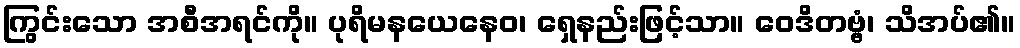
ကြွင်းသော အစီအရင်ကို။ ပုရိမနယေနေဝ၊ ရှေနည်းဖြင့်သာ။ ဝေဒိတဗ္ဗံ၊ သိအပ်၏။